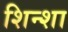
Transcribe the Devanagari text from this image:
शिन्शा